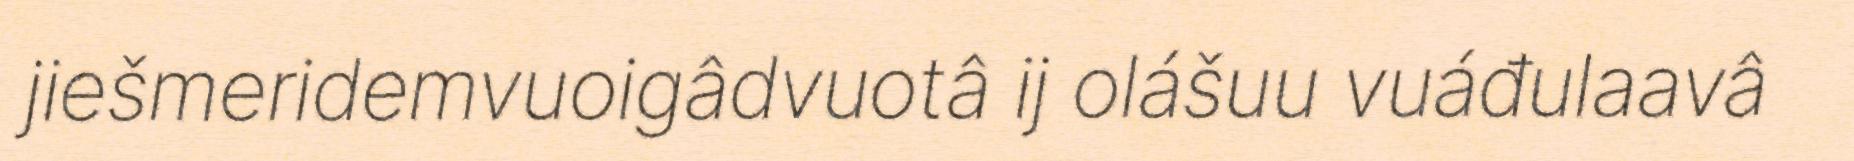
jiešmeridemvuoigâdvuotâ ij olášuu vuáđulaavâ